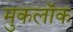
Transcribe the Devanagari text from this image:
मुकलॉक